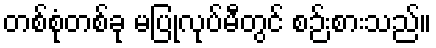
တစ်စုံတစ်ခု မပြုလုပ်မီတွင် စဉ်းစားသည်။